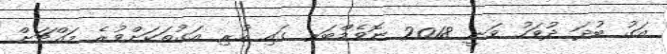
އަގު ބުދަ ދުވަހު ވަނީ 2018 ނޮވެމްބަރ ގައި ހުރި އަގުތަކަށްވުރެ މައްޗަށް